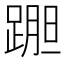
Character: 𲃷